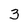
Character: 3